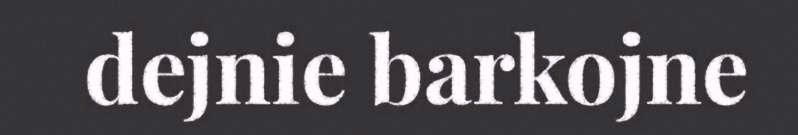
dejnie barkojne